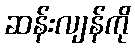
ဆန်းလျန်ကို